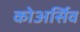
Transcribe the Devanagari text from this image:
कोअर्सिव